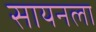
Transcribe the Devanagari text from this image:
सायनला